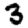
Digit: 3